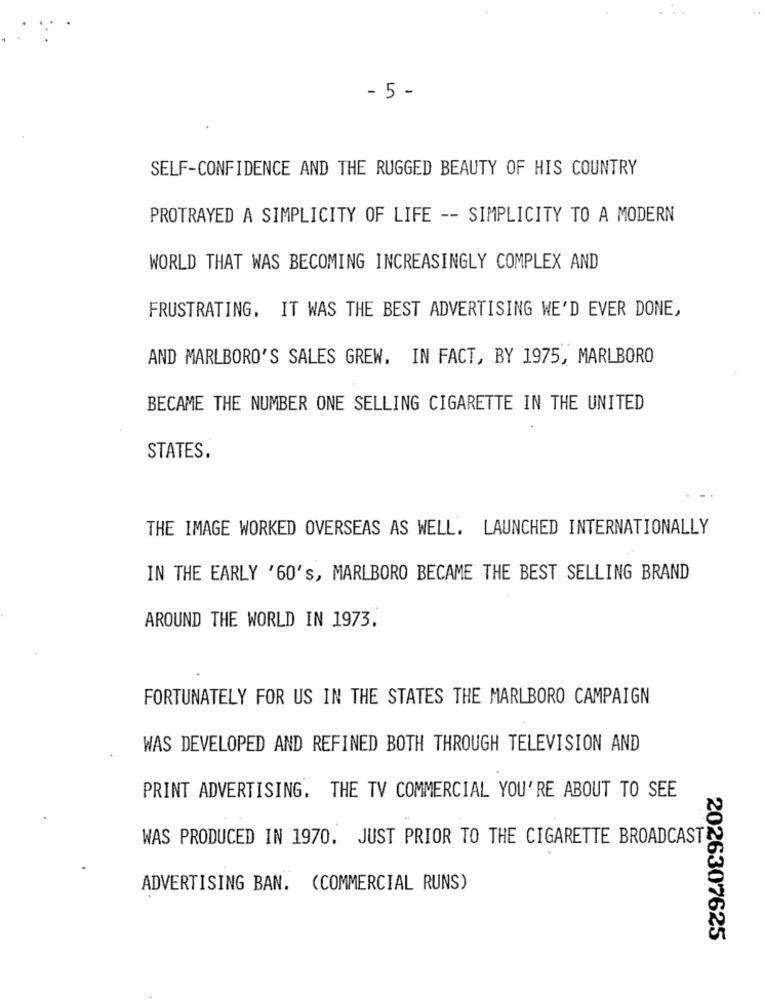
- 5 -
SELF-CONFIDENCE AND THE RUGGED BEAUTY OF HIS COUNTRY
PROTRAYED A SIMPLICITY OF LIFE -- SIMPLICITY TO A MODERN
WORLD THAT WAS BECOMING INCREASINGLY COMPLEX AND
FRUSTRATING. IT WAS THE BEST ADVERTISING WE'D EVER DONE,
AND MARLBORO'S SALES GREW. IN FACT, BY 1975, MARLBORO
BECAME THE NUMBER ONE SELLING CIGARETTE IN THE UNITED
STATES.
THE IMAGE WORKED OVERSEAS AS WELL. LAUNCHED INTERNATIONALLY
IN THE EARLY '60's, MARLBORO BECAME THE BEST SELLING BRAND
AROUND THE WORLD IN 1973.
FORTUNATELY FOR US IN THE STATES THE MARLBORO CAMPAIGN
WAS DEVELOPED AND REFINED BOTH THROUGH TELEVISION AND
PRINT ADVERTISING. THE TV COMMERCIAL YOU'RE ABOUT TO SEE
WAS PRODUCED IN 1970. JUST PRIOR TO THE CIGARETTE BROADCAST
ADVERTISING BAN. (COMMERCIAL RUNS)
2026307625